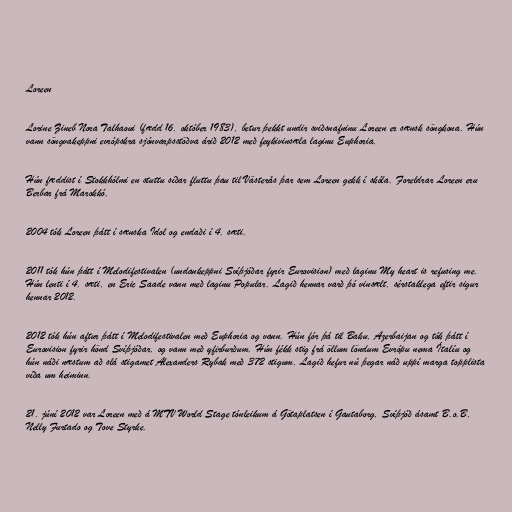
Loreen

Lorine Zineb Nora Talhaoui (fædd 16. október 1983), betur þekkt undir sviðsnafninu Loreen er sænsk söngkona. Hún
vann söngvakeppni evrópskra sjónvarpsstöðva árið 2012 með feykivinsæla laginu Euphoria.

Hún fæddist í Stokkhólmi en stuttu síðar fluttu þau til Västerås þar sem Loreen gekk í skóla. Foreldrar Loreen eru
Berbar frá Marokkó.

2004 tók Loreen þátt í sænska Idol og endaði í 4. sæti.

2011 tók hún þátt í Melodifestivalen (undankeppni Svíþjóðar fyrir Eurovision) með laginu My heart is refusing me.
Hún lenti í 4. sæti, en Eric Saade vann með laginu Popular. Lagið hennar varð þó vinsælt, sérstaklega eftir sigur
hennar 2012.

2012 tók hún aftur þátt í Melodifestivalen með Euphoria og vann. Hún fór þá til Baku, Azerbaijan og tók þátt í
Eurovision fyrir hönd Svíþjóðar, og vann með yfirburðum. Hún fékk stig frá öllum löndum Evrópu nema Ítalíu og
hún náði næstum að slá stigamet Alexanders Rybak með 372 stigum. Lagið hefur nú þegar náð uppí marga topplista
víða um heiminn.

21. júní 2012 var Loreen með á MTV World Stage tónleikum á Götaplatsen í Gautaborg, Svíþjóð ásamt B.o.B,
Nelly Furtado og Tove Styrke.